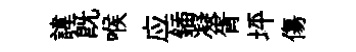
諱既喉应鍤凝胥坪傷